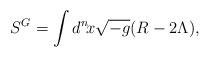
LaTeX: \begin{align*}S^{G}=\int d^{n}\! x\sqrt{-g}(R-2\Lambda),\end{align*}